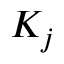
K _ { j }